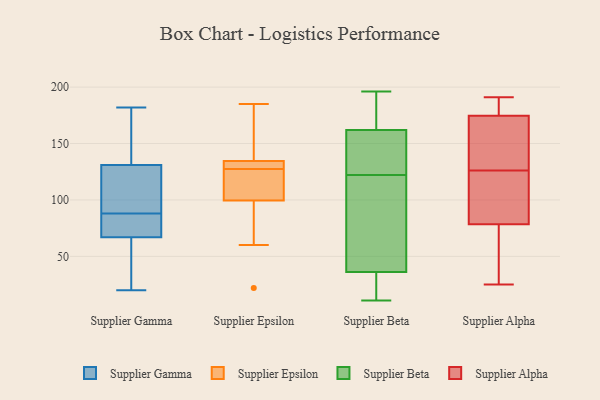
{"axis": {"x": "Demand Index", "y": "Value"}, "legend": ["Supplier Alpha", "Supplier Beta", "Supplier Epsilon", "Supplier Gamma"], "data": [{"x": "", "y": 59, "type": "Supplier Gamma"}, {"x": "", "y": 20, "type": "Supplier Gamma"}, {"x": "", "y": 84, "type": "Supplier Gamma"}, {"x": "", "y": 180, "type": "Supplier Gamma"}, {"x": "", "y": 182, "type": "Supplier Gamma"}, {"x": "", "y": 140, "type": "Supplier Gamma"}, {"x": "", "y": 89, "type": "Supplier Gamma"}, {"x": "", "y": 87, "type": "Supplier Gamma"}, {"x": "", "y": 122, "type": "Supplier Gamma"}, {"x": "", "y": 98, "type": "Supplier Gamma"}, {"x": "", "y": 64, "type": "Supplier Gamma"}, {"x": "", "y": 70, "type": "Supplier Gamma"}, {"x": "", "y": 127, "type": "Supplier Epsilon"}, {"x": "", "y": 128, "type": "Supplier Epsilon"}, {"x": "", "y": 134, "type": "Supplier Epsilon"}, {"x": "", "y": 140, "type": "Supplier Epsilon"}, {"x": "", "y": 150, "type": "Supplier Epsilon"}, {"x": "", "y": 132, "type": "Supplier Epsilon"}, {"x": "", "y": 135, "type": "Supplier Epsilon"}, {"x": "", "y": 116, "type": "Supplier Epsilon"}, {"x": "", "y": 114, "type": "Supplier Epsilon"}, {"x": "", "y": 96, "type": "Supplier Epsilon"}, {"x": "", "y": 185, "type": "Supplier Epsilon"}, {"x": "", "y": 60, "type": "Supplier Epsilon"}, {"x": "", "y": 133, "type": "Supplier Epsilon"}, {"x": "", "y": 91, "type": "Supplier Epsilon"}, {"x": "", "y": 103, "type": "Supplier Epsilon"}, {"x": "", "y": 22, "type": "Supplier Epsilon"}, {"x": "", "y": 138, "type": "Supplier Beta"}, {"x": "", "y": 42, "type": "Supplier Beta"}, {"x": "", "y": 11, "type": "Supplier Beta"}, {"x": "", "y": 47, "type": "Supplier Beta"}, {"x": "", "y": 196, "type": "Supplier Beta"}, {"x": "", "y": 122, "type": "Supplier Beta"}, {"x": "", "y": 28, "type": "Supplier Beta"}, {"x": "", "y": 165, "type": "Supplier Beta"}, {"x": "", "y": 161, "type": "Supplier Beta"}, {"x": "", "y": 11, "type": "Supplier Beta"}, {"x": "", "y": 153, "type": "Supplier Beta"}, {"x": "", "y": 183, "type": "Supplier Beta"}, {"x": "", "y": 39, "type": "Supplier Beta"}, {"x": "", "y": 155, "type": "Supplier Alpha"}, {"x": "", "y": 81, "type": "Supplier Alpha"}, {"x": "", "y": 96, "type": "Supplier Alpha"}, {"x": "", "y": 178, "type": "Supplier Alpha"}, {"x": "", "y": 146, "type": "Supplier Alpha"}, {"x": "", "y": 76, "type": "Supplier Alpha"}, {"x": "", "y": 106, "type": "Supplier Alpha"}, {"x": "", "y": 158, "type": "Supplier Alpha"}, {"x": "", "y": 65, "type": "Supplier Alpha"}, {"x": "", "y": 65, "type": "Supplier Alpha"}, {"x": "", "y": 171, "type": "Supplier Alpha"}, {"x": "", "y": 25, "type": "Supplier Alpha"}, {"x": "", "y": 190, "type": "Supplier Alpha"}, {"x": "", "y": 96, "type": "Supplier Alpha"}, {"x": "", "y": 191, "type": "Supplier Alpha"}, {"x": "", "y": 181, "type": "Supplier Alpha"}]}